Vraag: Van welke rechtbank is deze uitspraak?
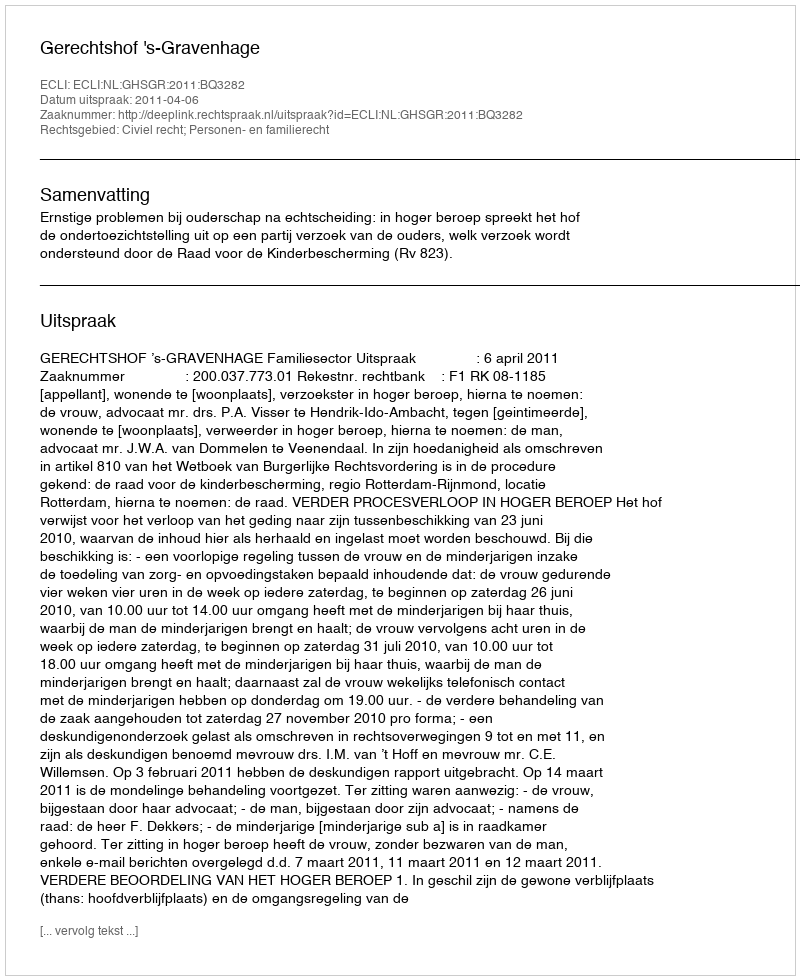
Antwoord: Gerechtshof 's-Gravenhage